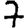
Digit: 7